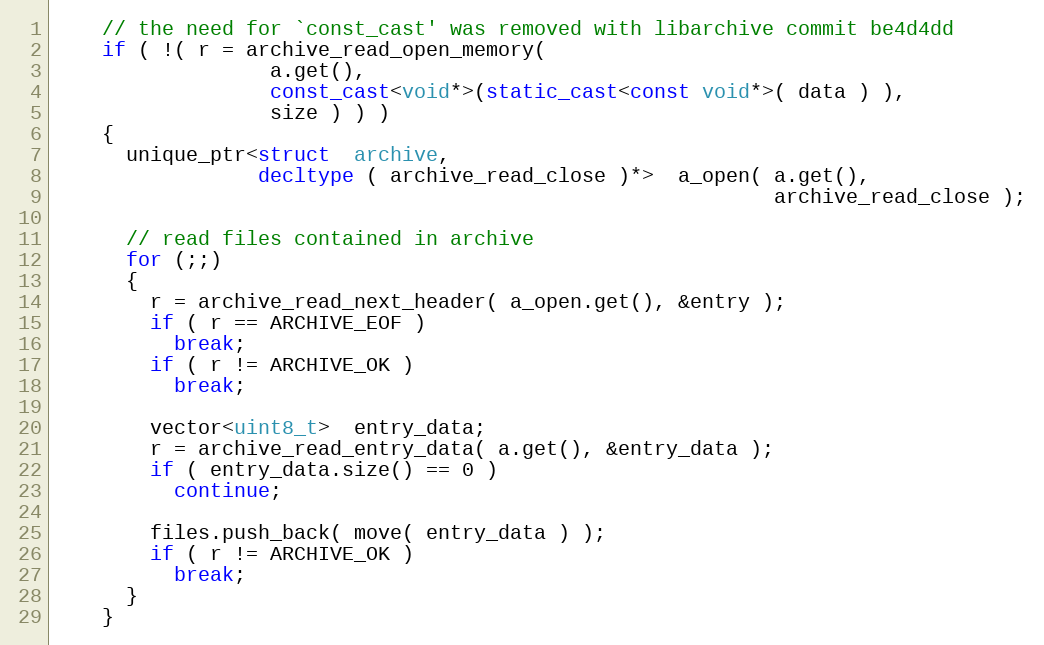
Language: C++
    // the need for `const_cast' was removed with libarchive commit be4d4dd
    if ( !( r = archive_read_open_memory(
                  a.get(),
                  const_cast<void*>(static_cast<const void*>( data ) ),
                  size ) ) )
    {
      unique_ptr<struct  archive,
                 decltype ( archive_read_close )*>  a_open( a.get(),
                                                            archive_read_close );

      // read files contained in archive
      for (;;)
      {
        r = archive_read_next_header( a_open.get(), &entry );
        if ( r == ARCHIVE_EOF )
          break;
        if ( r != ARCHIVE_OK )
          break;

        vector<uint8_t>  entry_data;
        r = archive_read_entry_data( a.get(), &entry_data );
        if ( entry_data.size() == 0 )
          continue;

        files.push_back( move( entry_data ) );
        if ( r != ARCHIVE_OK )
          break;
      }
    }